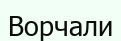
Ворчали